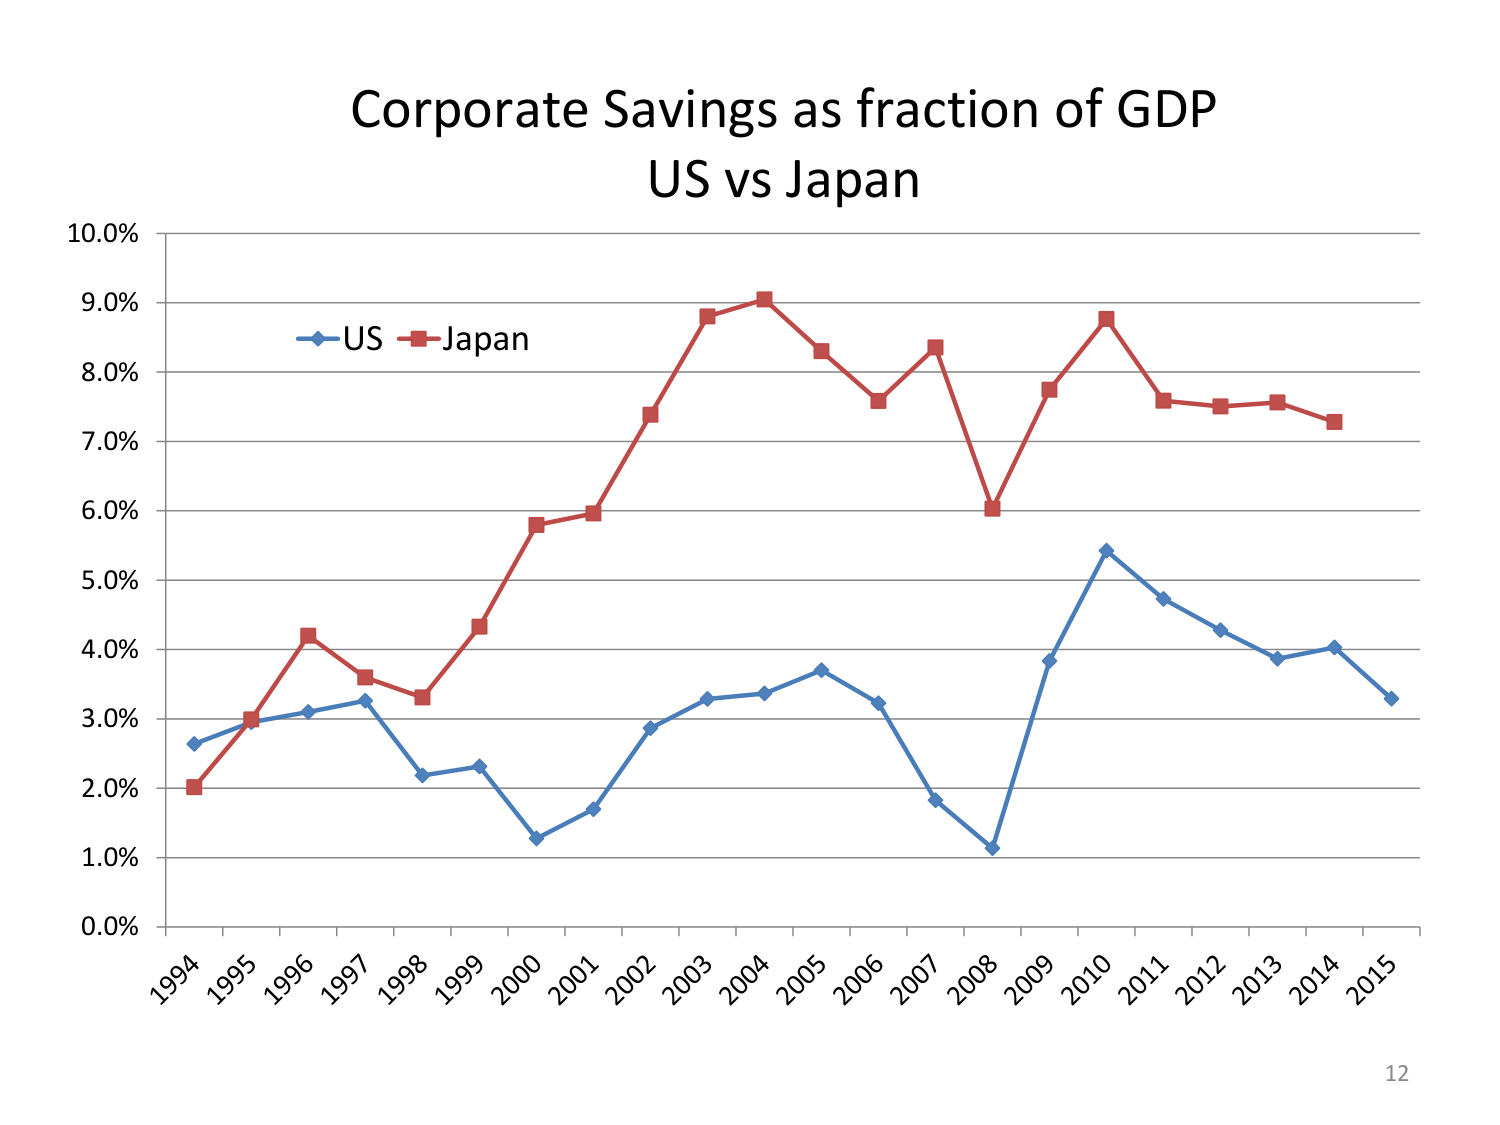
Corporate Savings as fraction of GDP
US vs Japan
10.0%
9.0%
8.0%
7.0%
6.0%
5.0%
4.0%
3.0%
2.0%
1.0%
0.0%
1994 1995 1996 1997 1998 1999 2000 2001 2002 2003 2004 2005 2006 2007 2008 2009 2010 2011 2012 2013 2014 2015
US Japan
12